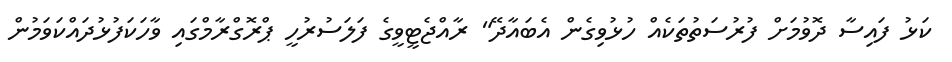
ކަޅު ފައިސާ ދޮވުމަށް ފުރުސަތުތަކެއް ހުޅުވިގެން އެބައާދޭ" ރާއްޖެޓީވީގެ ފަލަސުރުހީ ޕްރޮގްރާމްގައި ވާހަކަފުޅުދައްކަވަމުން